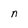
Character: n